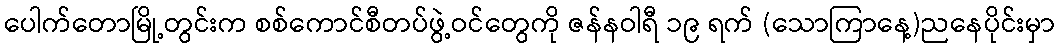
ပေါက်တောမြို့တွင်းက စစ်ကောင်စီတပ်ဖွဲ့ဝင်တွေကို ဇန်နဝါရီ ၁၉ ရက် (သောကြာနေ့)ညနေပိုင်းမှာ